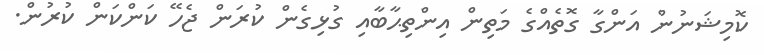
ކޮމިޝަނުން އަންގާ ގޮތެއްގެ މަތިން އިންތިޙާބާއި ގުޅިގެން ކުރަން ޖެހޭ ކަންކަން ކުރުން.